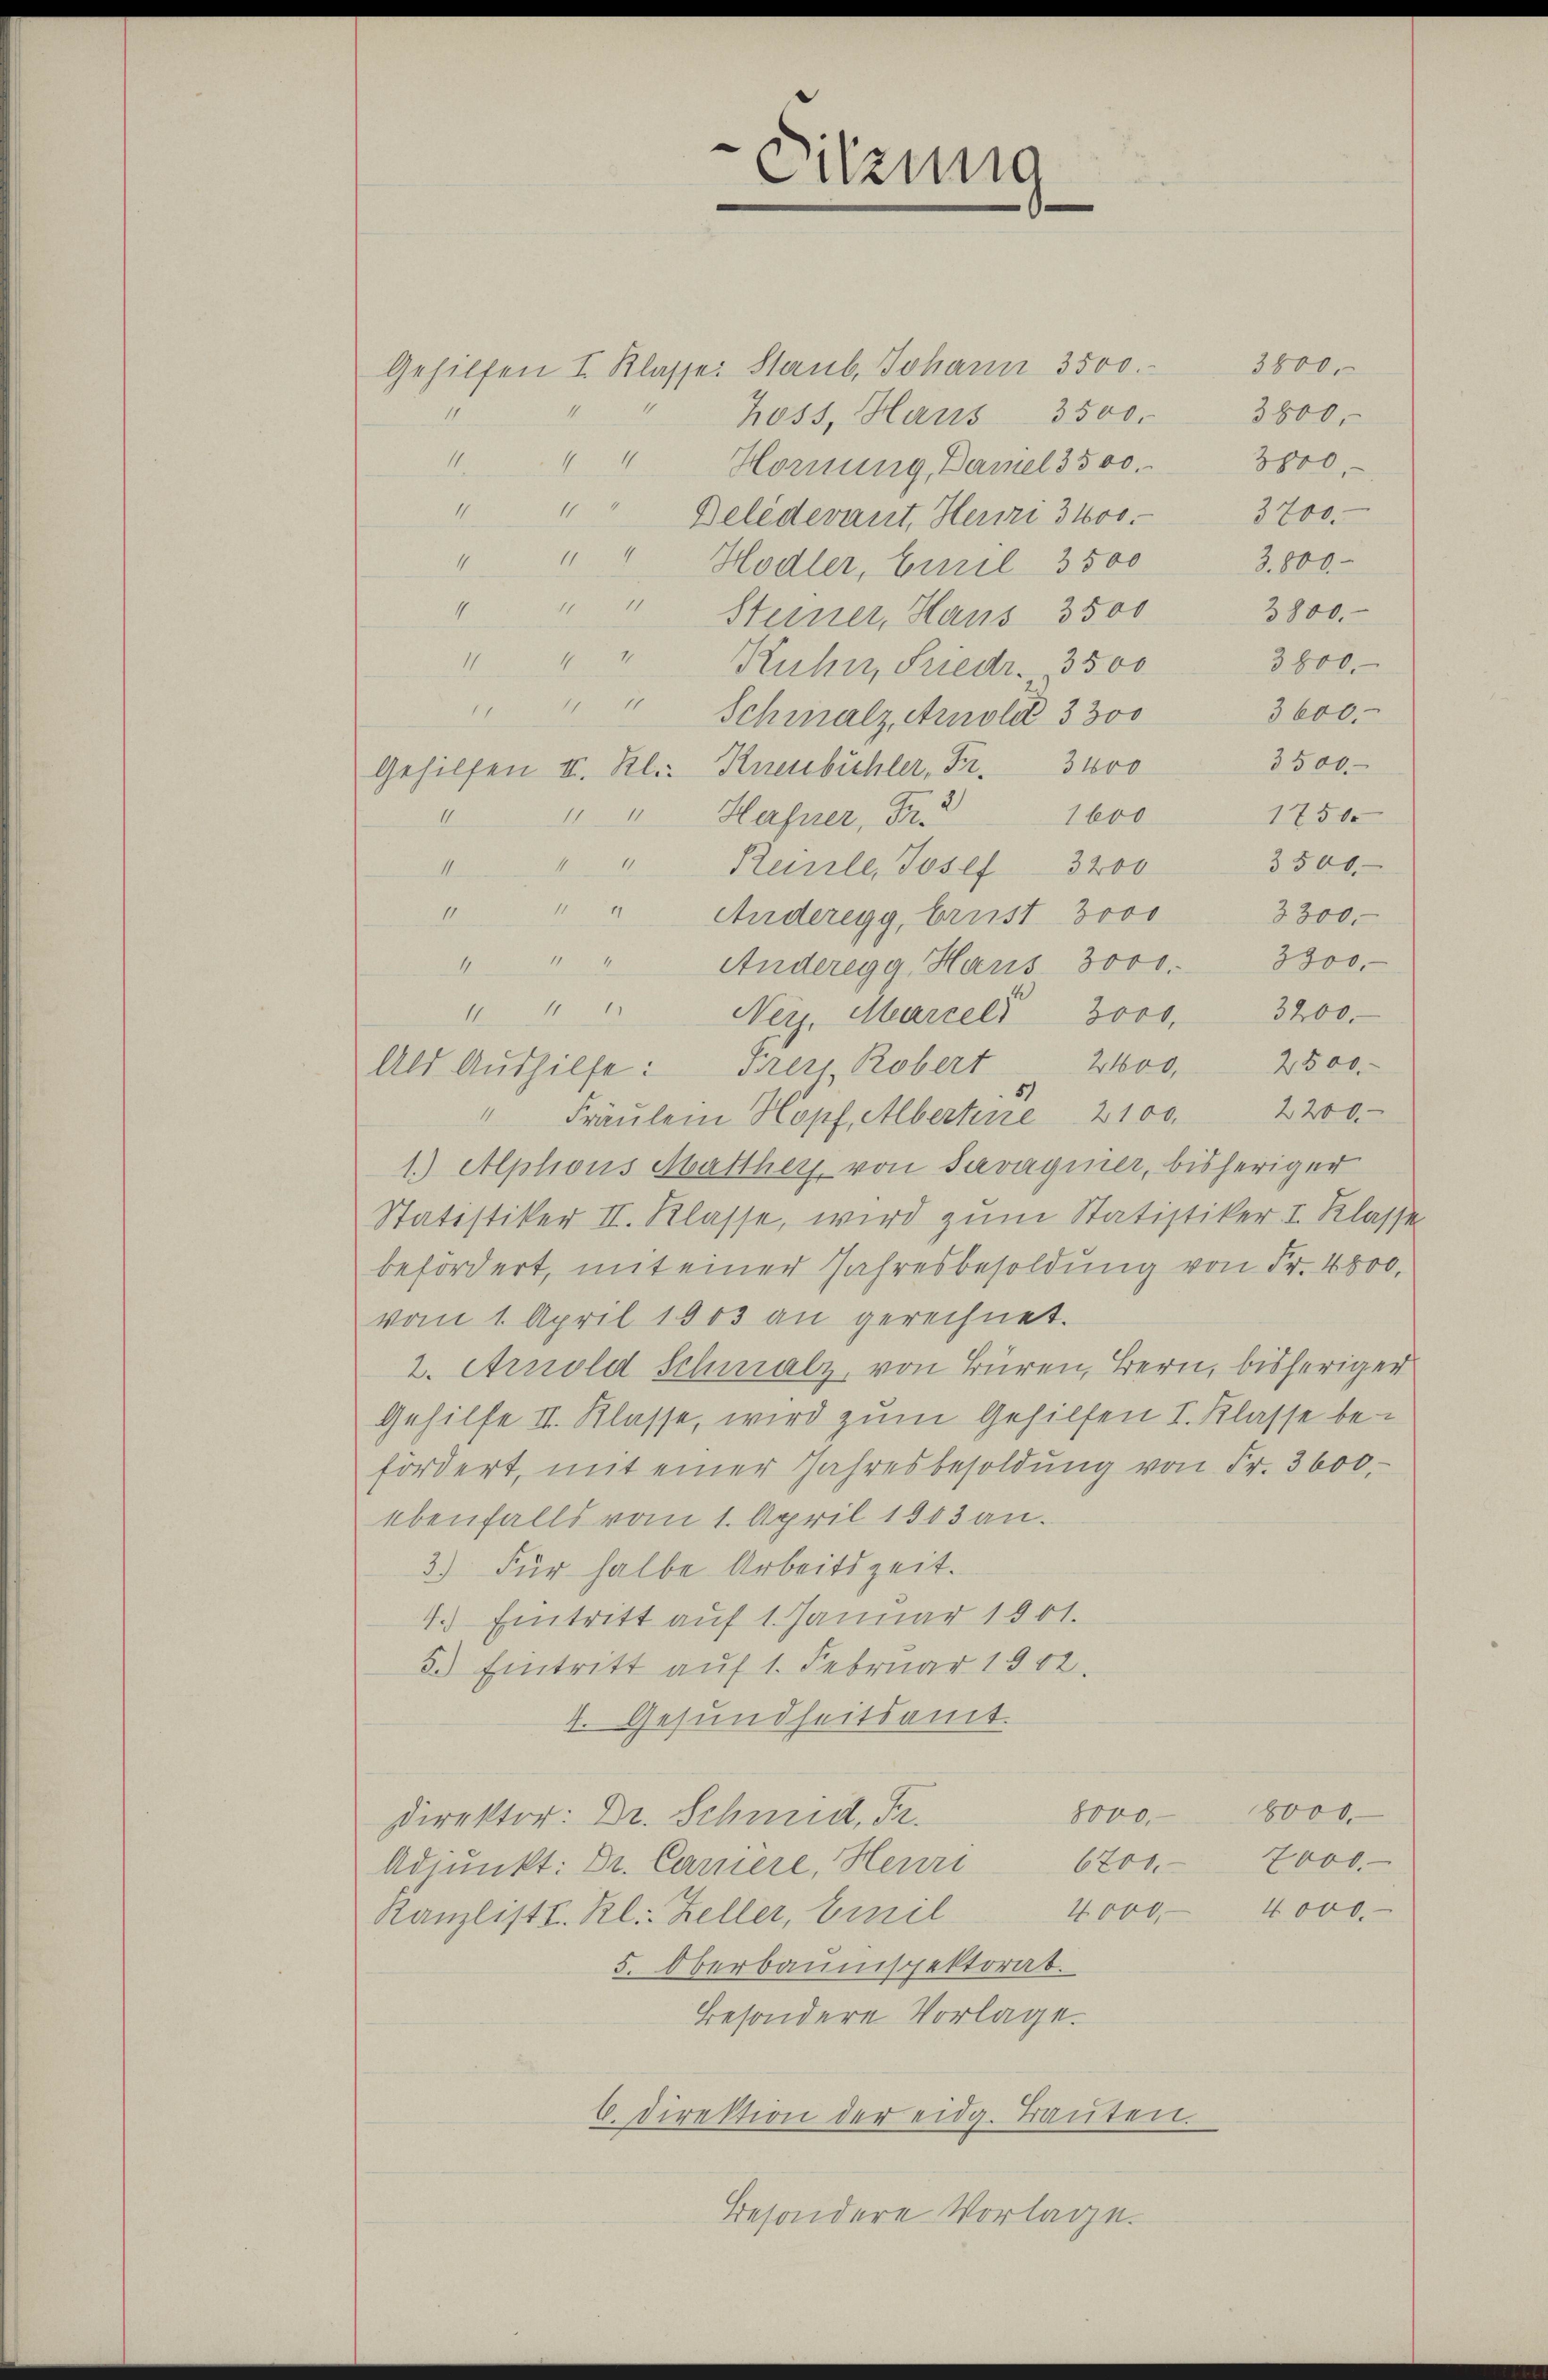
3800.
Gehilfen I. Klasse: Staub, Johann 3500.
3800.
Koss, Haus
11
dem Be
Hornung, Daniel 3500. 3800.
14
1.
3700.
Beledevant, Heuri 3100.
3,800.
4
" " Hodler, Curil 3500
2800.
" " " Steiner, Haus 3500
44
3800.
11
Kuhn, Friedr. 3500
111
17
3600
Schmalz, Arnold 3300
3500
Gehilfen II. Kl.: Knenbühler, Fr. 3000
u
" " Hafner, Fr. 2
17500
1600
1
3500.
Reile, Josef 3200
11
" " " Anderegg, brust 3000
3300.
Anderegg, Haus 3000. 3300.
4
Neiz. Marcel" 3000. 3200.
2400.
2500.
Als Aushilfe: Frey, Robert
" Fräŭlein Hopf, Albertine 2100. 2200
1.) Alphons Matther von Savagnier, bisheriger
Statistiker II. Klasse, wird zum Statistiker I. Klasse
befördert, mit einer Jahresbesoldung von Fr. 4800,
vom 1. April 1803 an gerechnet.
2. Arnold Schmalz, von Büren, Bern, bisheriger
Gehilfe II. Klasse, wird zum Gehilfen I. Klasse befördert, mit einer Jahresbesoldŭng von Fr. 3600.
ebenfalls vom 1. April 1863 an.
3.) Für halbe Arbeitszeit.
4.) Eintritt auf 1. Januar 1901.
5.) Eintritt auf 1. Februar 1902.
4. Gesundheitsamt.
8000.
8000
Direktor: Dr. Schmid, Fr.
2000.
6700.
Adjunkt: Dr. Carriere, Heuri
Kanzlist u. Kl. Zeller, Emil 4000.- 4000.
5. Oberbaumspektorat.
Besondere Vorlage.
6. Direktion der eidg. Bauten.
besondere Vorlage.

1

111
II.

Sitzung

3500.